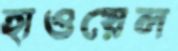
হাওয়েল